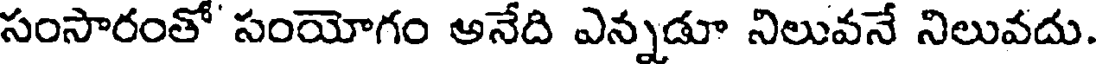
సంసారంతో సంయోగం అనేది ఎన్నడూ నిలువనే నిలువదు.